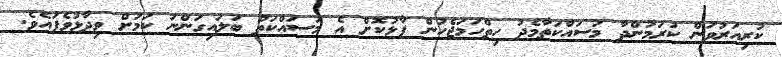
ކުރިއަރުވަން ކުރަމުންދާ މަސައްކަތާމެދު ހިތްހަމަޖެހުން ފާޅުކޮށް އެ މަސައްކަތް ބަލައިގަންނަ ކަމަށް ވިދާޅުވެފައެވެ.